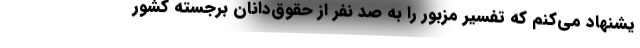
یشنهاد می‌کنم که تفسیر مزبور را به صد نفر از حقوق‌دانان برجسته کشور